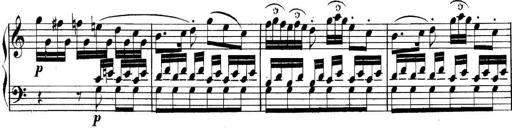
Title: Collected Piano Sonatas
Composer: Muzio Clementi